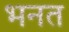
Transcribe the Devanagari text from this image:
भनत